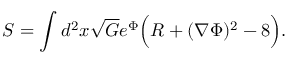
S = \int d ^ { 2 } x \sqrt { G } e ^ { \Phi } \Bigl ( R + ( \nabla \Phi ) ^ { 2 } - 8 \Bigr ) .